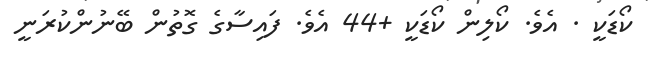
ކޯޑަކީ . އެވެ. ކޯލިން ކޯޑަކީ +44 އެވެ. ފައިސާގެ ގޮތުން ބޭނުންކުރަނީ